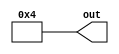
module ConstGen  #(parameter W=8, value=4) (output wire [(W -1) : 0] out);
	assign out = value;

endmodule